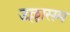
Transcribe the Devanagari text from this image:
उल्लासम